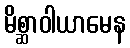
မိစ္ဆာဝါယာမေန